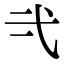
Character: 𭚟